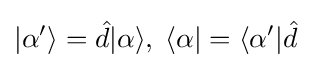
|\alpha '\rangle ={\hat {d}}|\alpha \rangle ,\;\langle \alpha |=\langle \alpha '|{\hat {d}}